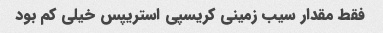
فقط مقدار سیب زمینی کریسپی استریپس خیلی کم بود